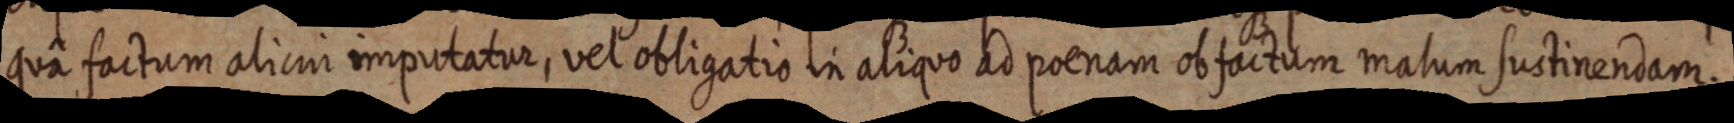
quâ factum alicui imputatur, vel obligatio in aliquo ad poenam obfactum malum sustinendam.